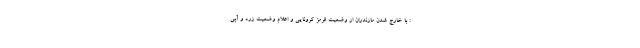
: با خارج شدن مازندران از وضعیت قرمز کرونایی و اعلام وضعیت زرد و آبی